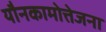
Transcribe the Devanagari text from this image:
यौनकामोत्तेजना